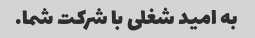
به امید شغلی با شرکت شما.